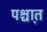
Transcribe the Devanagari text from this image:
पश्चात़